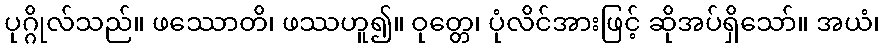
ပုဂ္ဂိုလ်သည်။ ဖဿောတိ၊ ဖဿဟူ၍။ ဝုတ္တေ၊ ပုံလိင်အားဖြင့် ဆိုအပ်ရှိသော်။ အယံ၊